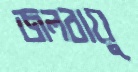
জলবায়ু